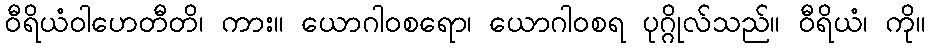
ဝီရိယံဝါဟေတီတိ၊ ကား။ ယောဂါဝစရော၊ ယောဂါဝစရ ပုဂ္ဂိုလ်သည်။ ဝီရိယံ၊ ကို။